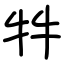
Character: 牪